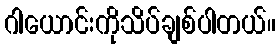
ဂါယောင်းကိုသိပ်ချစ်ပါတယ်။